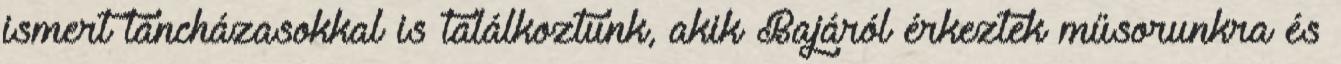
ismert táncházasokkal is találkoztunk, akik Bajáról érkeztek műsorunkra és